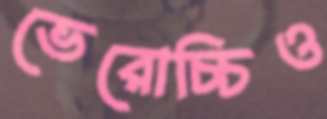
ভেরোচ্চিও